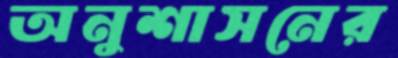
অনুশাসনের